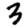
Digit: 3